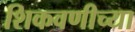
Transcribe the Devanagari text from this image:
शिकवणीच्या